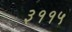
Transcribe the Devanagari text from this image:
३११५